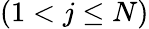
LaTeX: (1<j\leq N)